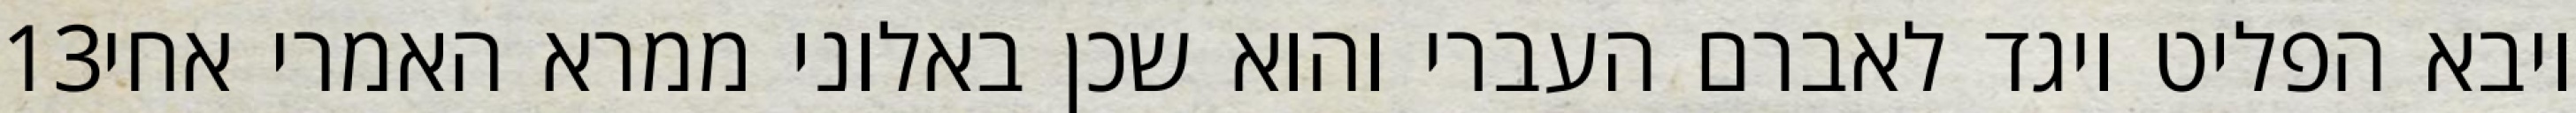
‎13‏ ויבא הפליט ויגד לאברם העברי והוא שכן באלוני ממרא האמרי אחי